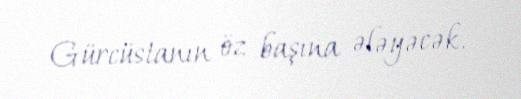
Gürcüstanın öz başına ələyəcək.